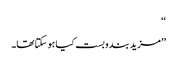
‘‘
’’مزید بندوبست کیا ہو سکتا تھا۔